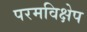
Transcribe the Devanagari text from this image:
परमविक्षेप